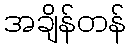
အချိန်တန်